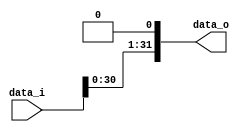
/***************************************************
Student Name:  
Student ID:  0716080 0716203
***************************************************/

`timescale 1ns/1ps

module Shift_Left_1(
    input  [31:0] data_i,
    output [31:0] data_o
    );

/* Write your code HERE */

assign data_o = data_i << 1;

endmodule